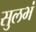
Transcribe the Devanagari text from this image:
सुलभं